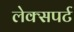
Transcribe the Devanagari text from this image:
लेक्सपर्ट